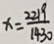
x = \frac { 2 2 1 9 } { 1 4 3 0 }